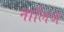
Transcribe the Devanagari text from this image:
नालिज